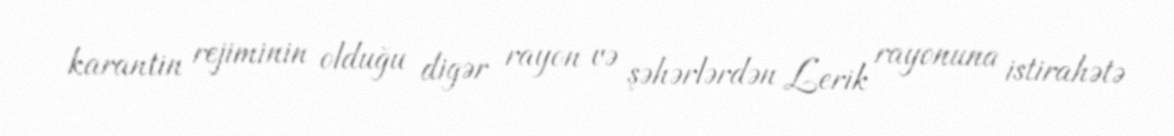
karantin rejiminin olduğu digər rayon və şəhərlərdən Lerik rayonuna istirahətə